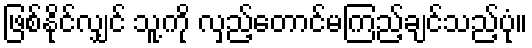
ဖြစ်နိုင်လျှင် သူ့ကို လှည့်တောင်မကြည့်ချင်သည့်ပုံ။